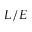
L / E